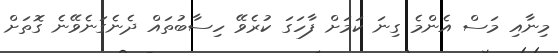
މިނާއި މަސް އެންމެ ގިނަ ކަމަށް ފާހަގަ ކުރެވޭ ހިސާބުތައް ދެނެގަނެވޭނެ ގޮތަށް